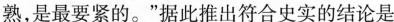
熟，是最要紧的。”据此推出符合史实的结论是